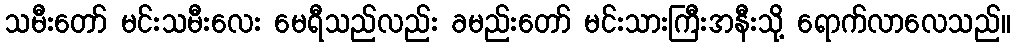
သမီးတော် မင်းသမီးလေး မေရီသည်လည်း ခမည်းတော် မင်းသားကြီးအနီးသို့ ရောက်လာလေသည်။